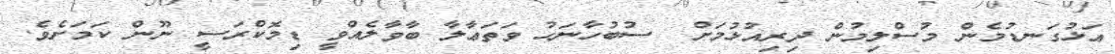
އަޅުގަނޑުމެން މުސްލިމުން ދިރިއުޅުމަށް  ސުބުހާނަހު ވަތަޢާލާ ބާވާލެއްވީ ޑިމޮކްރަސީ ނޫން ކަމަށެވެ.